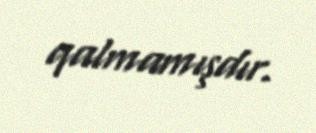
qalmamışdır.